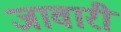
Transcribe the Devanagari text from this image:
जावारी